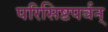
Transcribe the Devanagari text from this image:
परिसिष्टपर्वन्‌